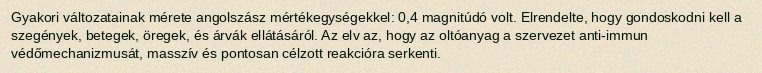
Gyakori változatainak mérete angolszász mértékegységekkel: 0,4 magnitúdó volt. Elrendelte, hogy gondoskodni kell a szegények, betegek, öregek, és árvák ellátásáról. Az elv az, hogy az oltóanyag a szervezet anti-immun védőmechanizmusát, masszív és pontosan célzott reakcióra serkenti.